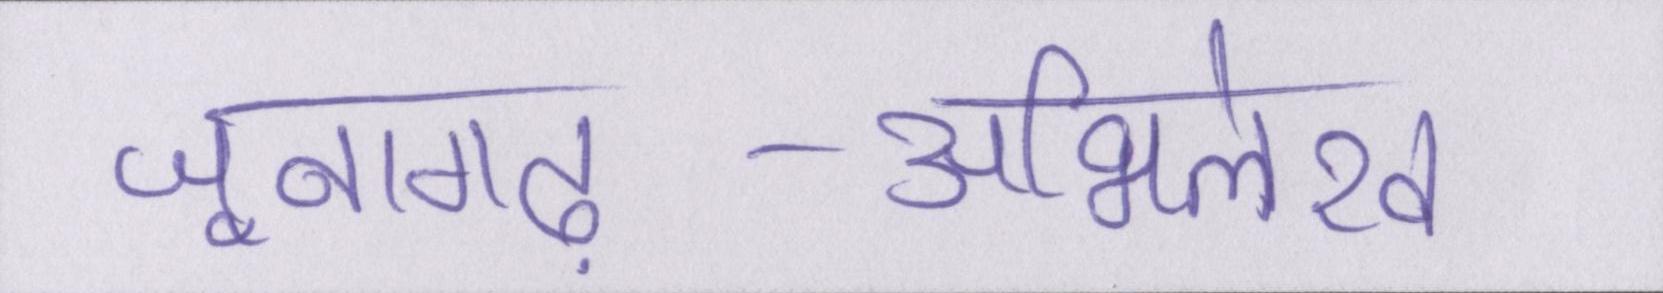
जूनागढ़-अभिलेख